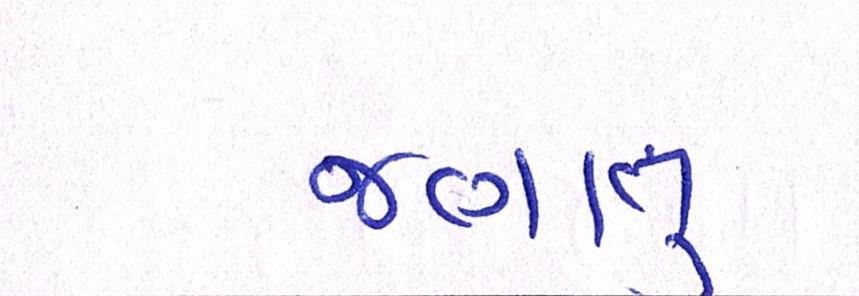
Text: જણાતું